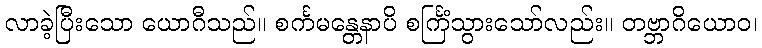
လာခဲ့ပြီးသော ယောဂီသည်။ စင်္ကမန္တေနာပိ စင်္ကြံသွားသော်လည်း။ တဗ္ဘာဂိယောဝ၊